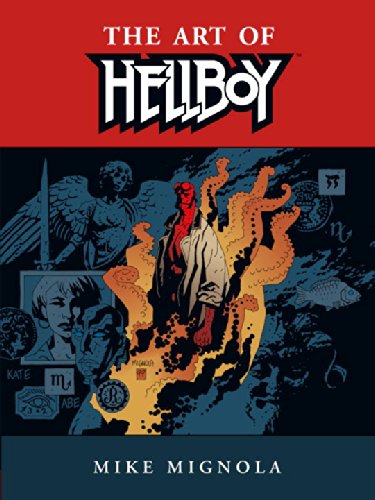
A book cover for Hellboy: The Art of Hellboy; Mike Mignola; Comics & Graphic Novels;